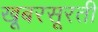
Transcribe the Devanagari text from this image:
खूबरसूरती